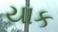
યાક